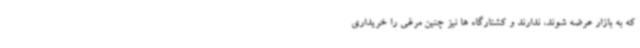
که به بازار عرضه شوند، ندارند و کشتارگاه ها نیز چنین مرغی را خریداری